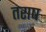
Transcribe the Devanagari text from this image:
तराष